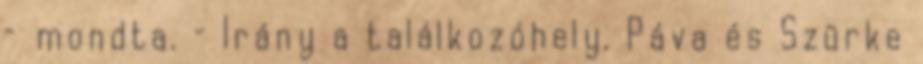
– mondta. – Irány a találkozóhely. Páva és Szürke